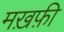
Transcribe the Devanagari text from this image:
मख़फ़ी